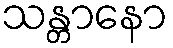
သန္တာနော